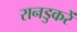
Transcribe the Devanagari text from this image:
रानडुकरें